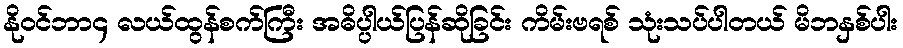
နိုဝင်ဘာ၄ လယ်ထွန်စက်ကြီး အဓိပ္ပါယ်ပြန်ဆိုခြင်း ကိမ်းဗရစ် သုံးသပ်ပါတယ် မိဘနှစ်ပါး